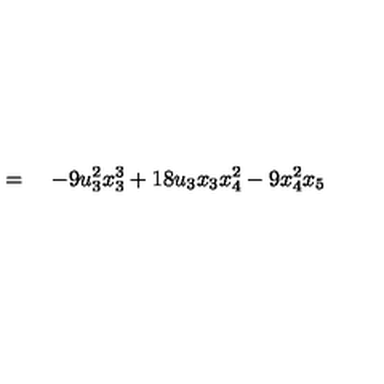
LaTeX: \qquad \qquad = \quad - 9 u _ { 3 } ^ { 2 } x _ { 3 } ^ { 3 } + 1 8 u _ { 3 } x _ { 3 } x _ { 4 } ^ { 2 } - 9 x _ { 4 } ^ { 2 } x _ { 5 }